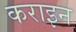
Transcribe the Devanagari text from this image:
कराइन